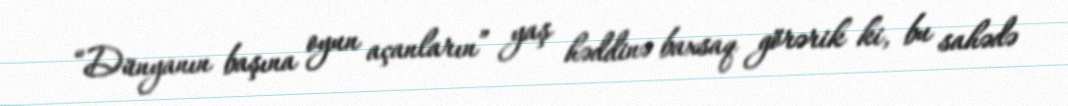
“Dünyanın başına oyun açanların” yaş həddinə baxsaq görərik ki, bu sahədə